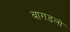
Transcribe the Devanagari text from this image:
बागडलो